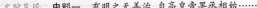
史料呈现 史影一 有明之无善治，自高皇帝罢丞相给\ldots\ldots